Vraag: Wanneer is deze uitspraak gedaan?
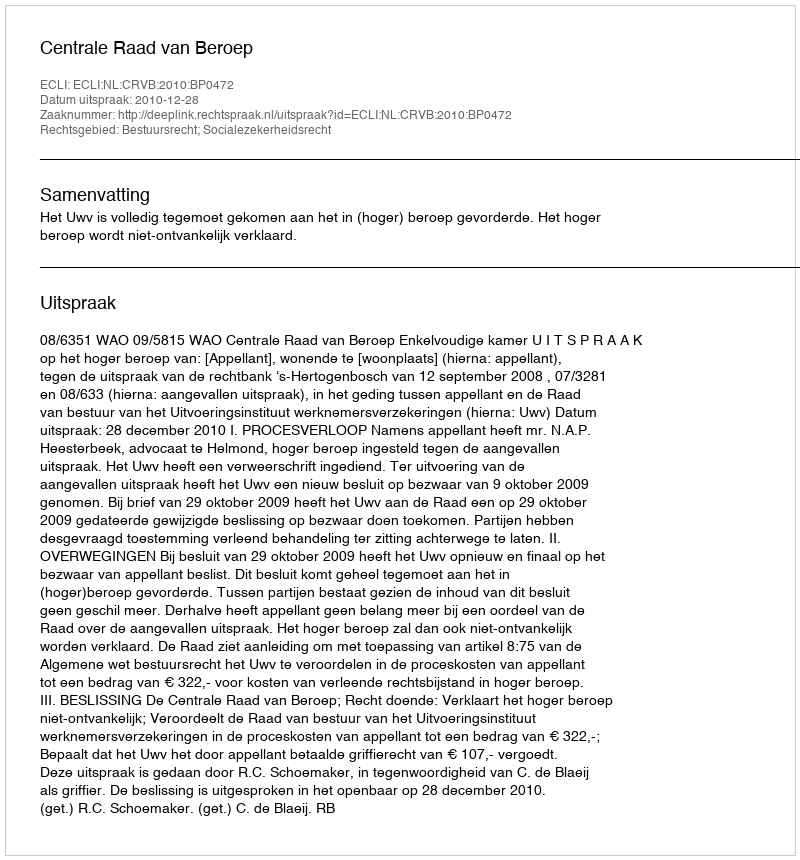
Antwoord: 2010-12-28